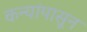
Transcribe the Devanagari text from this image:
कन्यांपासून